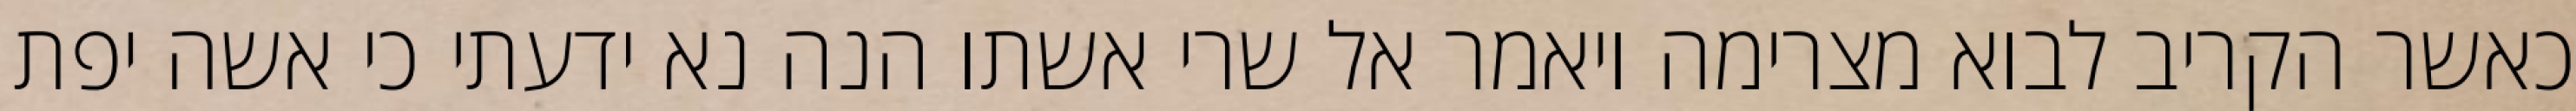
כאשר הקריב לבוא מצרימה ויאמר אל שרי אשתו הנה נא ידעתי כי אשה יפת